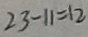
2 3 - 1 1 = 1 2